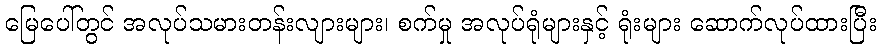
မြေပေါ်တွင် အလုပ်သမားတန်းလျားများ၊ စက်မှု အလုပ်ရုံများနှင့် ရုံးများ ဆောက်လုပ်ထားပြီး